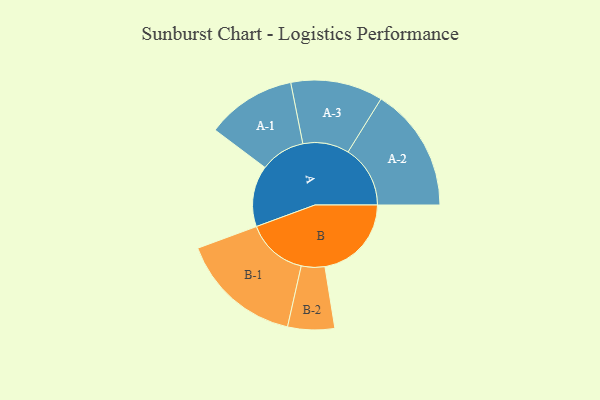
{"axis": {"x": "Segment", "y": "Value"}, "legend": ["", "A", "B"], "data": [{"x": "A", "y": 274, "type": ""}, {"x": "B", "y": 388, "type": ""}, {"x": "A-1", "y": 201, "type": "A"}, {"x": "A-2", "y": 279, "type": "A"}, {"x": "A-3", "y": 207, "type": "A"}, {"x": "B-1", "y": 274, "type": "B"}, {"x": "B-2", "y": 105, "type": "B"}]}